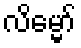
လိမ္မော်